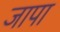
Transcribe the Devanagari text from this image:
जापा